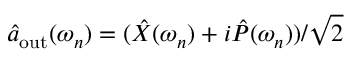
\hat { a } _ { \mathrm { o u t } } ( \omega _ { n } ) = ( \hat { X } ( \omega _ { n } ) + i \hat { P } ( \omega _ { n } ) ) / \sqrt { 2 }